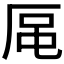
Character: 𪠈